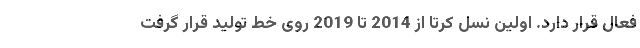
فعال قرار دارد. اولین نسل کرتا از 2014 تا 2019 روی خط تولید قرار گرفت